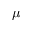
\mu